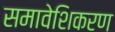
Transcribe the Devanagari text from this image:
समावेशिकरण